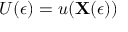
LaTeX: U ( \epsilon ) = u ( \mathbf { X } ( \epsilon ) )